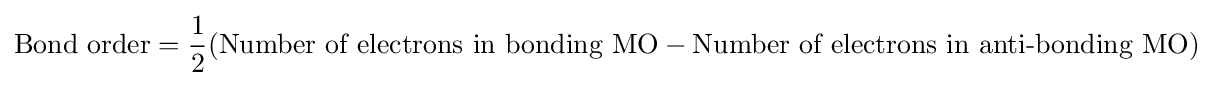
{\text{Bond order}}={\frac {1}{2}}({\text{Number of electrons in bonding MO}}-{\text{Number of electrons in anti-bonding MO}})